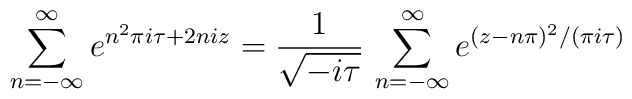
\sum_{n=-\infty}^{\infty} e^{n^2\pi i \tau +2niz} = \frac{1}{\sqrt{-i\tau}} \,\sum_{n=-\infty}^{\infty}e^{(z-n\pi)^2/( \pi i \tau)}